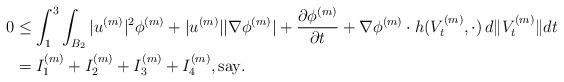
LaTeX: \begin{align*}0&\leq \int_1^3\int_{B_2}|u^{(m)}|^2\phi^{(m)}+|u^{(m)}||\nabla\phi^{(m)}|+\frac{\partial\phi^{(m)}}{\partial t}+\nabla\phi^{(m)}\cdot h(V_t^{(m)},\cdot)\, d\|V_t^{(m)}\|dt\\&=I_1^{(m)}+I_2^{(m)}+I_3^{(m)}+I_4^{(m)}, {\rm say}.\end{align*}